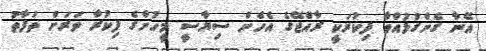
އޭނާ ގެންގުޅުއްވާ ފިކުރަކީ ރާއްޖޭގެ އެހެން ސިޔާސީ މީހުންގެ ފިކުރާ ވަރަށް ތަފާތު